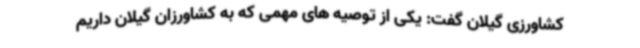
کشاورزی گیلان گفت: یکی از توصیه های مهمی که به کشاورزان گیلان داریم